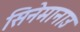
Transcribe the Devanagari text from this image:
सिनेमानाउ